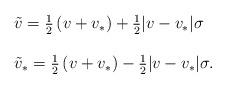
LaTeX: \begin{align*}\begin{array}{ll}\tilde{v}=\frac{1}{2}\left(v+v_* \right) +\frac{1}{2}|v-v_*|\sigma \\\\\tilde{v}_*=\frac{1}{2}\left(v+v_* \right) -\frac{1}{2}|v-v_*|\sigma .\end{array}\end{align*}